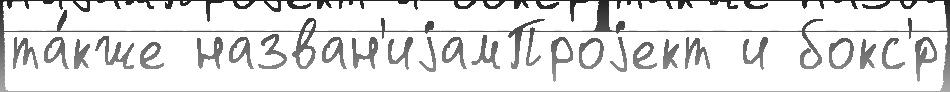
та́кже назван'иjамПроjект и бокс'́р